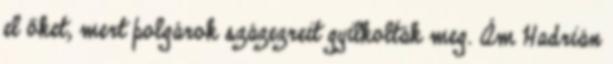
el őket, mert polgárok százezreit gyilkolták meg. Ám Hadrián